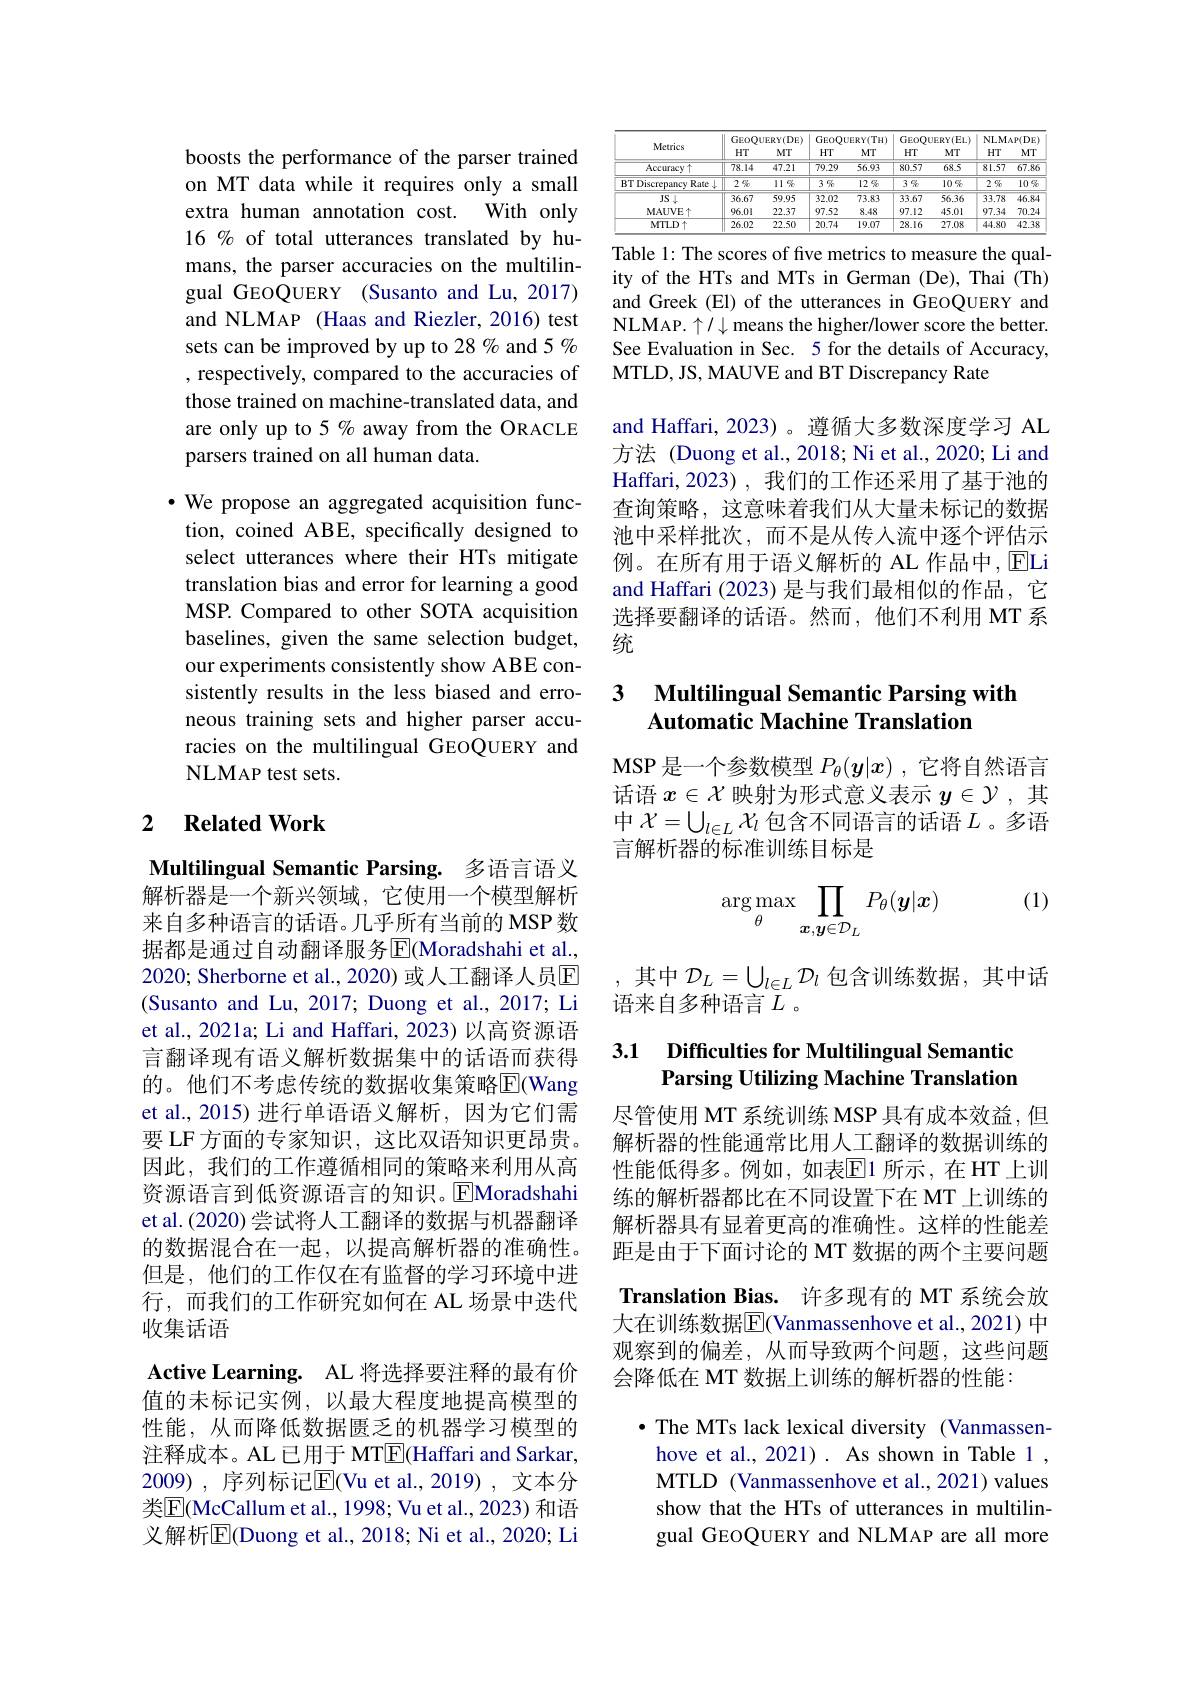
boosts the performance of the parser trained on MT data while it requires only a small extra human annotation cost. With only 16 % of total utterances translated by humans, the parser accuracies on the multilingual GEOQUERY (Susanto and Lu,2017) and NLMAP (Haas and Riezler, 2016) test sets can be improved by up to 28 % and 5 % , respectively, compared to the accuracies of those trained on machine-translated data, and are only up to 5% away from the ORACLE parsers trained on all human data.

$\bullet$ We propose an aggregated acquisition function, coined ABE, specifically designed to select utterances where their HTs mitigate translation bias and error for learning a good MSP. Compared to other SOTA acquisition baselines, given the same selection budget, our experiments consistently show ABE consistently results in the less biased and erroneous training sets and higher parser accuracies on the multilingual GEOQUERY and NLMAP test sets.

## 2 $\textbf{Related Work}$

Multilingual Semantic Parsing. 多语言语义

解析器是一个新兴领域，它使用一个模型解析来自多种语言的话语。几乎所有当前的 MSP 数据都是通过自动翻译服务$\operatorname{E}($Moradshahi et al., 2020; Sherborne et al., 2020) 或人工翻译人员$\overline{\mathrm{E}}$ (Susanto and Lu, 2017; Duong et al., 2017; Li et al., 2021a; Li and Haffari, 2023) 以高资源语言翻译现有语义解析数据集中的话语而获得的。他们不考虑传统的数据收集策略$\overline{\mathrm{E}}($Wang et al., 2015) 进行单语语义解析，因为它们需要 LF 方面的专家知识，这比双语知识更昂贵。因此，我们的工作遵循相同的策略来利用从高资源语言到低资源语言的知识。$\overline{\mathrm{E}}$Moradshahi et al. (2020) 尝试将人工翻译的数据与机器翻译的数据混合在一起，以提高解析器的准确性。但是，他们的工作仅在有监督的学习环境中进行，而我们的工作研究如何在 AL 场景中迭代收集话语
Active Learning. AL 将选择要注释的最有价值的未标记实例，以最大程度地提高模型的性能，从而降低数据匮乏的机器学习模型的注释成本。AL 已用于 MT$\boxed{\mathrm{E}}$(Haffari and Sarkar, 2009), 序列标记$\overline{\mathrm{E}}($Vu et al.,2019), 文本分类$\overline{\mathrm{E}}($McCallum et al., 1998; Vu et al., 2023) 和语义解析$\overline{\mathrm{E}}($Duong et al., 2018; Ni et al., 2020; Li

<table>
	<tbody>
		<tr>
			<th rowspan="2">Metrics</th>
			<th colspan="2">GEOQUERY(DE)</th>
			<th colspan="2">GEOQUERY(TH)</th>
			<th colspan="2">GEOQUERY(EL)</th>
			<th colspan="2">NLMAP(DE</th>
		</tr>
		<tr>
			<th>HT</th>
			<th>MT</th>
			<th>$HT$</th>
			<th>MT</th>
			<th>HT</th>
			<th>MT</th>
			<th>HT</th>
			<th>$MT$</th>
		</tr>
		<tr>
			<td>$\overline{\text{Accuracy }\uparrow}$</td>
			<td>78.14</td>
			<td>47.21</td>
			<td>79.29</td>
			<td>56.93</td>
			<td>$\overline{80.57}$</td>
			<td>68.5</td>
			<td>$\overline{81.57}$</td>
			<td>$\overline{67.86}$</td>
		</tr>
		<tr>
			<td>BT Discrepancy Rate $\frac{1}{2}$</td>
			<td>$2\%$</td>
			<td>$11\%$</td>
			<td>3 吸</td>
			<td>$12\%$</td>
			<td>$3\%$</td>
			<td>$10\%$</td>
			<td>$\overline{2\text{ 吸}}$</td>
			<td>10 95</td>
		</tr>
		<tr>
			<td>$JS\downarrow$</td>
			<td>36.67</td>
			<td>59.95</td>
			<td>32.02</td>
			<td>73.83</td>
			<td>33.67</td>
			<td>56.36</td>
			<td>33.78</td>
			<td>46.84</td>
		</tr>
		<tr>
			<td>MAUVE 个</td>
			<td>96.01</td>
			<td>22.37</td>
			<td>97.52</td>
			<td>8.48</td>
			<td>97.12</td>
			<td>45.01</td>
			<td>97.34</td>
			<td>70.24</td>
		</tr>
		<tr>
			<td>$MTLD\uparrow$</td>
			<td>26.02</td>
			<td>22.50</td>
			<td>20.74</td>
			<td>19.07</td>
			<td>28.16</td>
			<td>27.08</td>
			<td>44.80</td>
			<td>42.38</td>
		</tr>
	</tbody>
</table>

Table 1: The scores of five metrics to measure the quality of the HTs and MTs in German (De), Thai (Th) and Greek (El) of the utterances in GEOQUERY and NLMAP. $\uparrow/\downarrow$ means the higher/lower score the better. See Evaluation in Sec. 5 for the details of Accuracy, MTLD, JS, MAUVE and BT Discrepancy Rate

and Haffari, 2023)。遵循大多数深度学习 AL 方法 (Duong et al., 2018; Ni et al., 2020; Li and Haffari,2023),我们的工作还采用了基于池的查询策略，这意味着我们从大量未标记的数据池中采样批次，而不是从传人流中逐个评估示例。在所有用于语义解析的 AL 作品中，ELi and Haffari (2023) 是与我们最相似的作品，它选择要翻译的话语。然而，他们不利用 MT 系统

## 3 $\textbf{Multilingual Semantic Parsing with}$ Automatic Machine Translation

MSP 是一个参数模型$P_\theta(\boldsymbol{y}|x)$ ,它将自然语言话语$x\in\mathcal{X}$映射为形式意义表示$y\in\mathcal{Y}$ ,其中$\mathcal{X}=\bigcup_{l\in L}\mathcal{X}_l$包含不同语言的话语$L$ 。多语言解析器的标准训练目标是

(1)
$$\arg\max_\theta\prod_{x,y\in\mathcal{D}_L}P_\theta(\boldsymbol{y}|\boldsymbol{x})$$
,其中$\mathcal{D}_L=\bigcup_{l\in L}\mathcal{D}_l$包含训练数据，其中话
语来自多种语言$L$。

### 3.1 Difficulties for Multilingual Semantio Parsing Utilizing Machine Translation

尽管使用 MT 系统训练 MSP 具有成本效益，但解析器的性能通常比用人工翻译的数据训练的性能低得多。例如，如表$\overline{\mathrm{E}}$1 所示，在 HT 上训练的解析器都比在不同设置下在 MT 上训练的解析器具有显着更高的准确性。这样的性能差距是由于下面讨论的 MT 数据的两个主要问题Translation Bias. 许多现有的 MT 系统会放大在训练数据$\overline{\mathrm{E}}($Vanmassenhove et al., 2021) 中观察到的偏差，从而导致两个问题，这些问题会降低在 MT 数据上训练的解析器的性能
· The MTs lack lexical diversity (Vanmassenhove et al., 2021). As shown in Table 1 , MTLD (Vanmassenhove et al., 2021) values show that the HTs of utterances in multilin-

gual GEOQUERY and NLMAP are all more